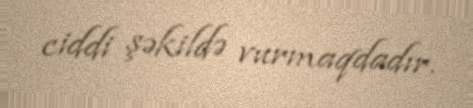
ciddi şəkildə vurmaqdadır.